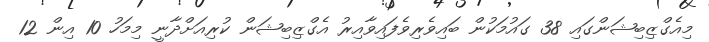
މިއެގްޒިބިޝަންގައި 38 ގައުމަކުން ބައިވެރިވެފައިވާއިރު އެގްޒިބިޝަން ކުރިއަށްދާނީ މިމަހު 10 އިން 12